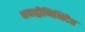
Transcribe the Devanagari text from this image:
भयाद्वीणिभिदैत्त